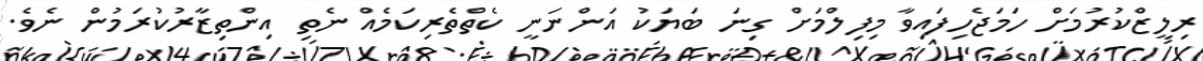
ރިލީޒްކުރުމަށް ހަމަޖެހިފައިވާ މިފިލްމަށް ގިނަ ބަޔަކު އަންނަނީ ކެތްތެރިކަމެއް ނެތި އިންތިޒާރުކުރަމުން ނެވެ.